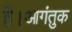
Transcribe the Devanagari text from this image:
है।आगंतुक